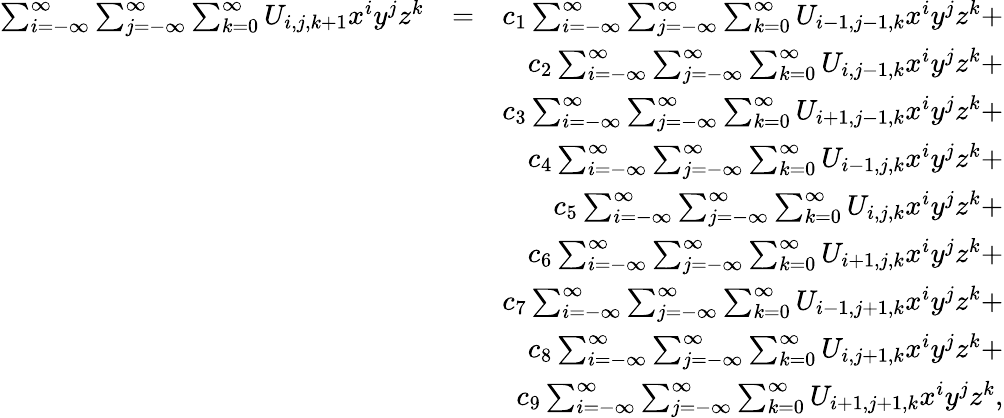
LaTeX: \begin{array}{rlr}{\sum_{i=-\infty}^{\infty}\sum_{j=-\infty}^{\infty}\sum_{k=0}^{\infty}U_{i,j,k+1}x^{i}y^{j}z^{k}}&{=}&{c_{1}\sum_{i=-\infty}^{\infty}\sum_{j=-\infty}^{\infty}\sum_{k=0}^{\infty}U_{i-1,j-1,k}x^{i}y^{j}z^{k}+}\\ &{}&{c_{2}\sum_{i=-\infty}^{\infty}\sum_{j=-\infty}^{\infty}\sum_{k=0}^{\infty}U_{i,j-1,k}x^{i}y^{j}z^{k}+}\\ &{}&{c_{3}\sum_{i=-\infty}^{\infty}\sum_{j=-\infty}^{\infty}\sum_{k=0}^{\infty}U_{i+1,j-1,k}x^{i}y^{j}z^{k}+}\\ &{}&{c_{4}\sum_{i=-\infty}^{\infty}\sum_{j=-\infty}^{\infty}\sum_{k=0}^{\infty}U_{i-1,j,k}x^{i}y^{j}z^{k}+}\\ &{}&{c_{5}\sum_{i=-\infty}^{\infty}\sum_{j=-\infty}^{\infty}\sum_{k=0}^{\infty}U_{i,j,k}x^{i}y^{j}z^{k}+}\\ &{}&{c_{6}\sum_{i=-\infty}^{\infty}\sum_{j=-\infty}^{\infty}\sum_{k=0}^{\infty}U_{i+1,j,k}x^{i}y^{j}z^{k}+}\\ &{}&{c_{7}\sum_{i=-\infty}^{\infty}\sum_{j=-\infty}^{\infty}\sum_{k=0}^{\infty}U_{i-1,j+1,k}x^{i}y^{j}z^{k}+}\\ &{}&{c_{8}\sum_{i=-\infty}^{\infty}\sum_{j=-\infty}^{\infty}\sum_{k=0}^{\infty}U_{i,j+1,k}x^{i}y^{j}z^{k}+}\\ &{}&{c_{9}\sum_{i=-\infty}^{\infty}\sum_{j=-\infty}^{\infty}\sum_{k=0}^{\infty}U_{i+1,j+1,k}x^{i}y^{j}z^{k},}\end{array}